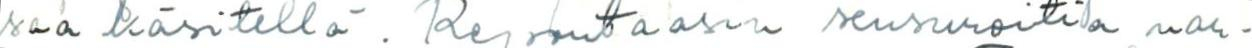
saa käsitellä. Reportaasin sensuroitia var-